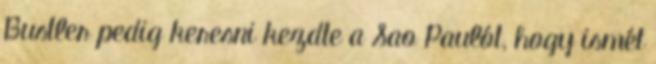
Bustler pedig keresni kezdte a Sao Paulót, hogy ismét